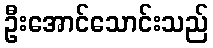
ဦးအောင်သောင်းသည်